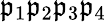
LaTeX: \mathfrak{p}_{1}\mathfrak{p}_{2}\mathfrak{p}_{3}\mathfrak{p}_{4}